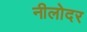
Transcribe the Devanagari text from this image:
नीलोदर